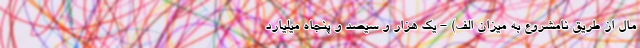
مال از طریق نامشروع به میزان الف) - یک هزار و سیصد و پنجاه میلیارد